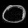
Digit: ၀